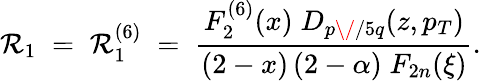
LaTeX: \mathcal{R}_{1}\; =\; \mathcal{R}_{1}^{(6)}\; =\; {\frac{{F_{2}^{(6)}(x)\; D_{p\/ /5q}(z,p_{T})}}{{(2-x)\, (2-\alpha)\; F_{2n}(\xi)}}}.